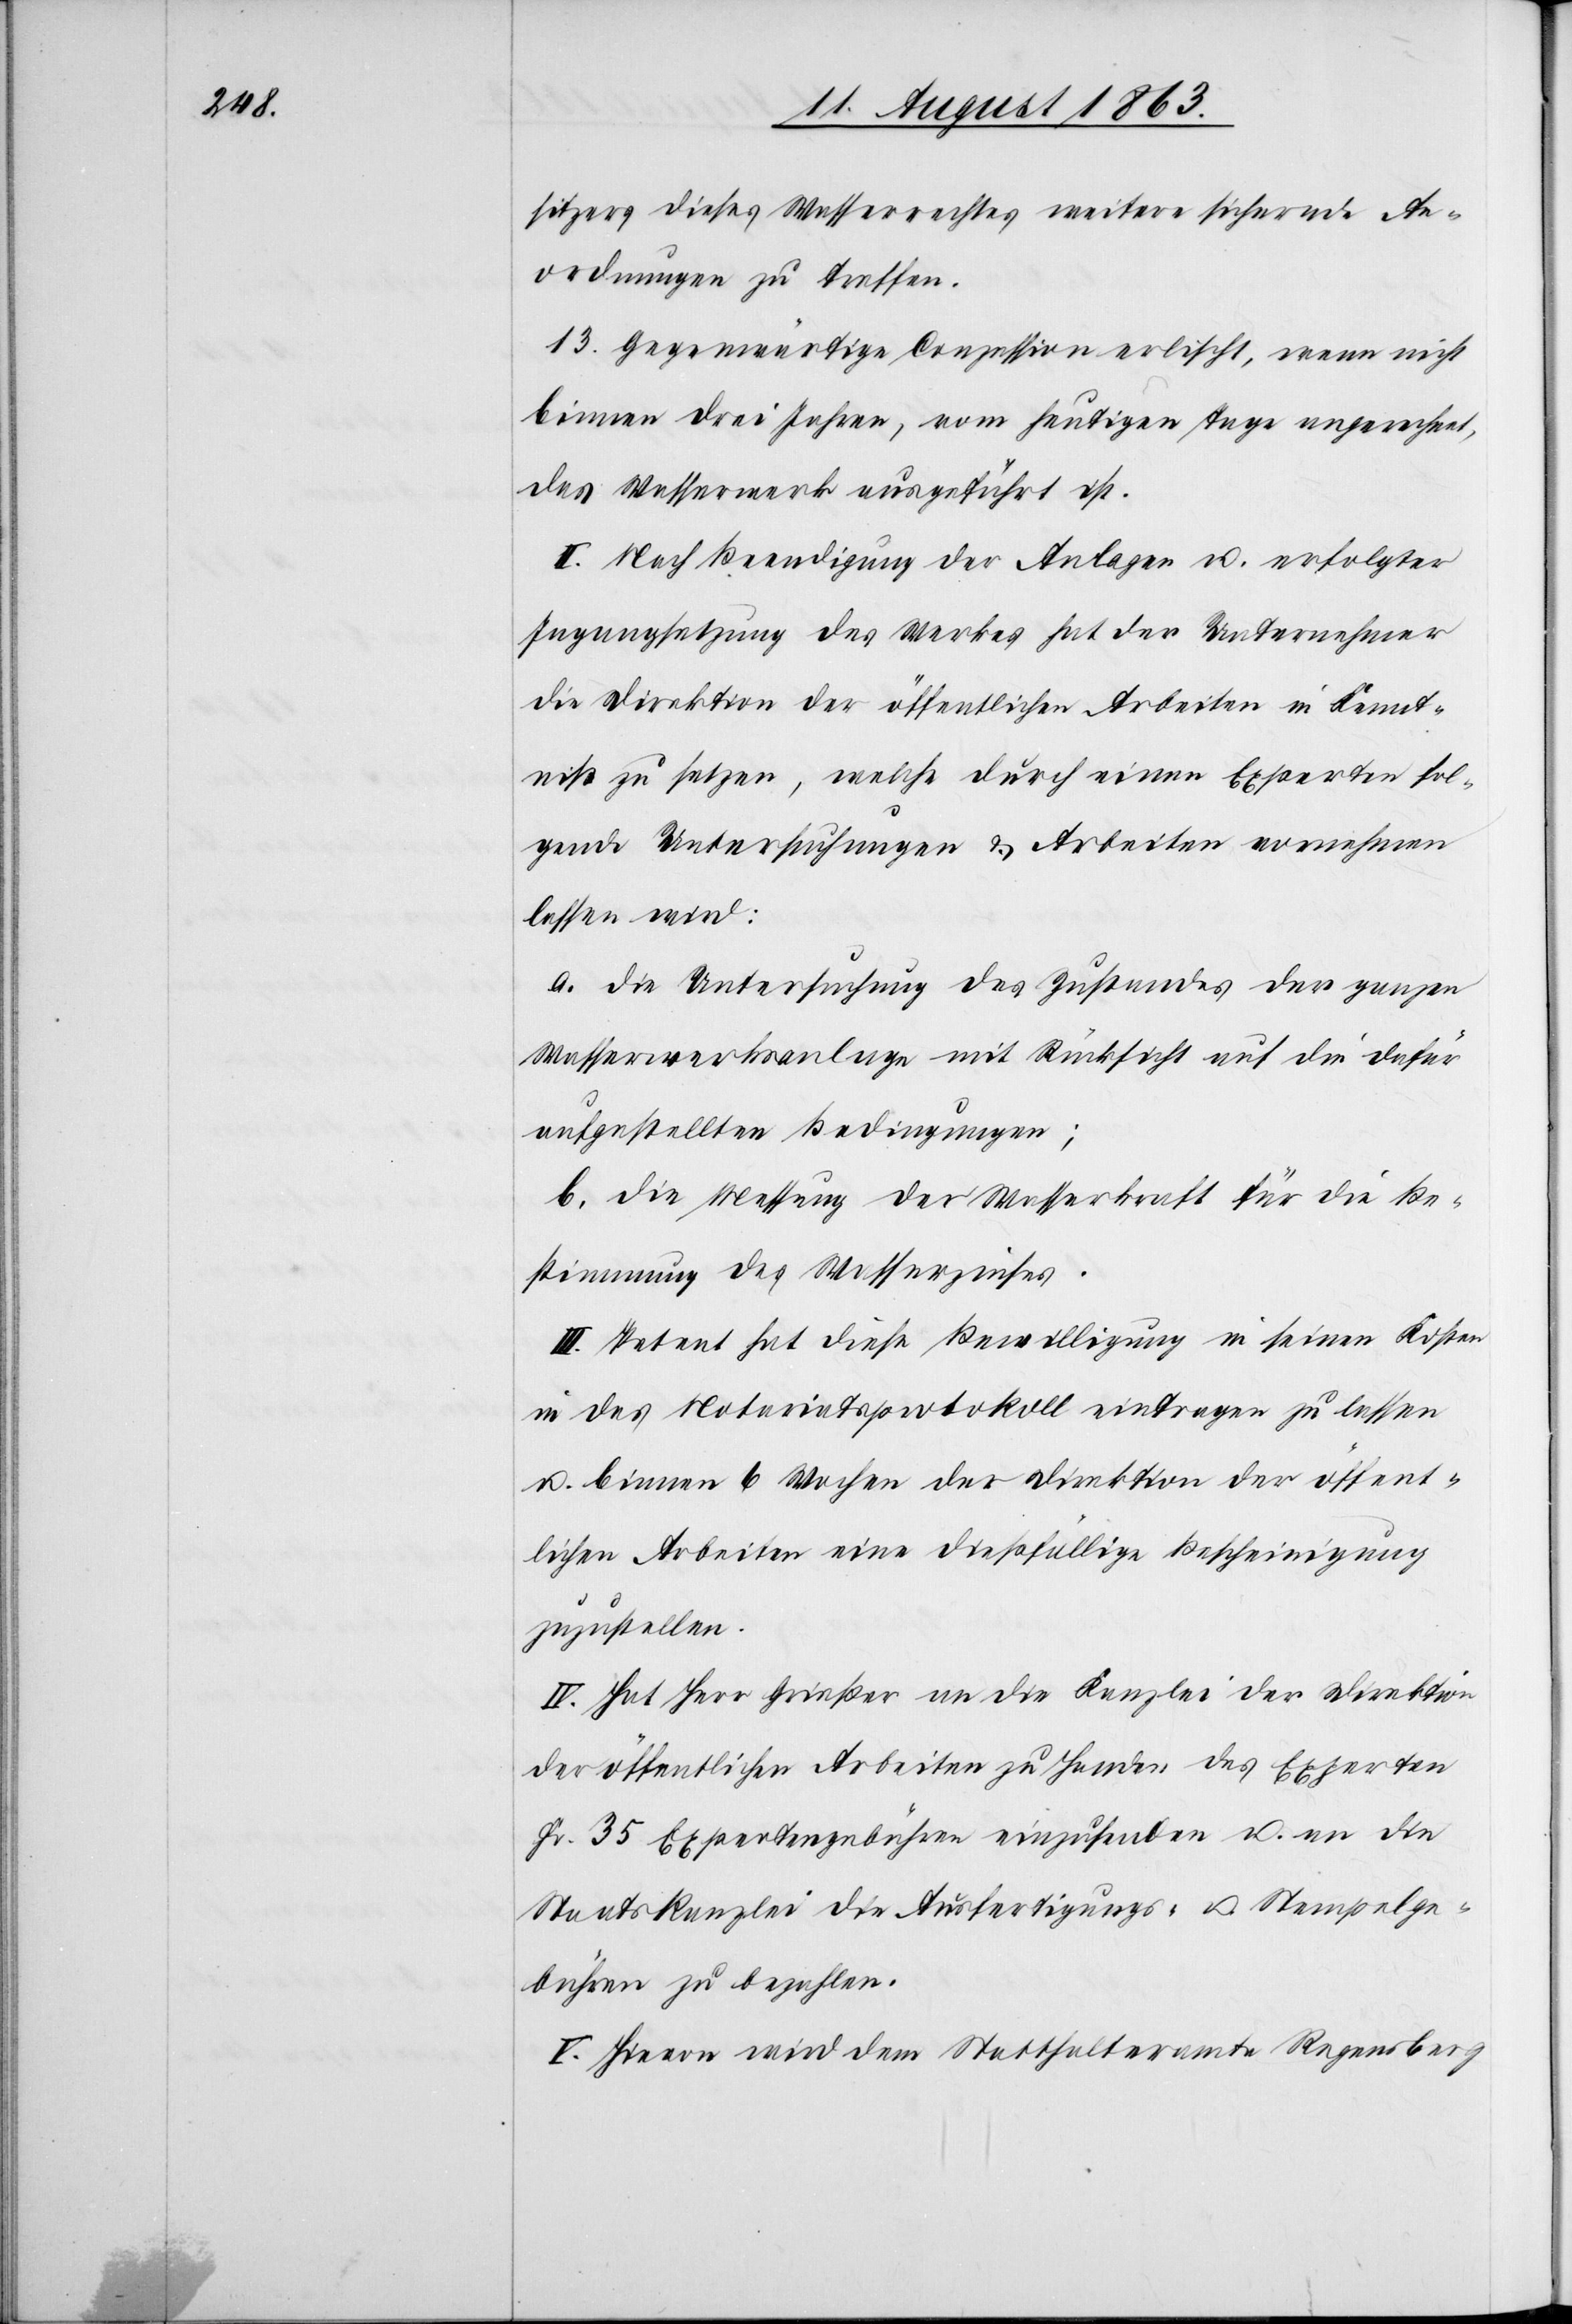
sitzers dieses Wasserrechtes weitere sichernde An¬
ordnungen zu treffen.
13. Gegenwärtige Conzession erlischt, wenn nicht
binnen drei Jahren, vom heutigen Tage angerechnet,
das Wasserwerk ausgeführt ist.
II. Nach Beendigung der Anlagen u. erfolgter
Ingangsetzung des Werkes hat der Unternehmer
die Direktion der öffentlichen Arbeiten in Kennt¬
niß zu setzen, welche durch einen Experten fol¬
gende Untersuchungen & Arbeiten vornehmen
lassen wird:
a. Die Untersuchung des Zustandes der ganzen
Wasserwerksanlage mit Rücksicht auf die dafür
aufgestellten Bedingungen;
b. die Messung der Wasserkraft für die Be¬
stimmung des Wasserzinses.
III. Petent hat diese Bewilligung in seinen Kosten
in das Notariatsprotokoll eintragen zu lassen
u. binnen 6 Wochen der Direktion der öffent¬
lichen Arbeiten eine dießfällige Bescheinigung
zuzustellen.
IV. Hat Herr Grießer an die Kanzlei der Direktion
der öffentlichen Arbeiten zu Handen des Experten
Fr. 35 Expertengebühren einzusenden u. an die
Staatskanzlei die Ausfertigungs- u. Stempelge¬
bühren zu bezahlen.
V. Hievon wird dem Statthalteramte Regensberg